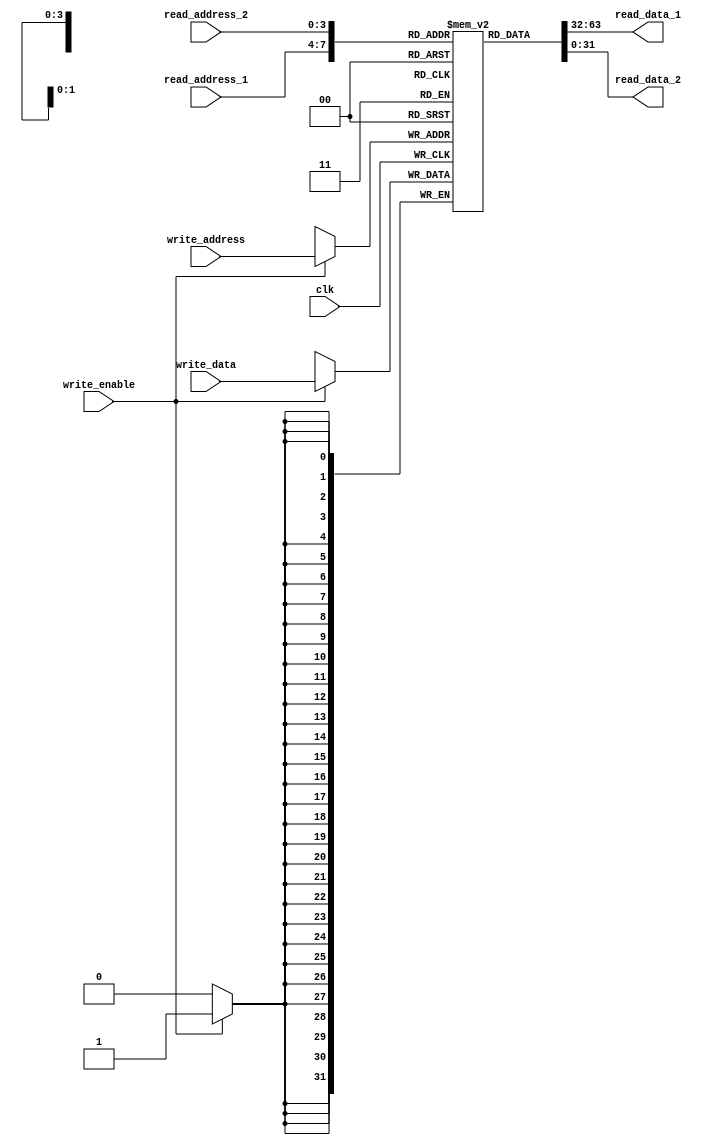
module register_file (
  input wire clk,
  
  // Write ports
  input wire write_enable,
  input wire [3:0] write_address,
  input wire [31:0] write_data,

  // Read ports
  input wire [3:0] read_address_1,
  input wire [3:0] read_address_2,
  output reg [31:0] read_data_1,
  output reg [31:0] read_data_2
);

  reg [31:0] memory [15:0];

  // Write operation
  always @(posedge clk) begin
    if (write_enable) begin
      memory[write_address] <= write_data;
    end
  end

  // Read operations
  always @(*) begin
    read_data_1 <= memory[read_address_1];
    read_data_2 <= memory[read_address_2];
  end

endmodule